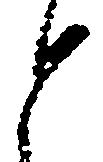
と